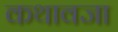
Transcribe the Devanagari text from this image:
कथावजा